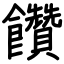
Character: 饡